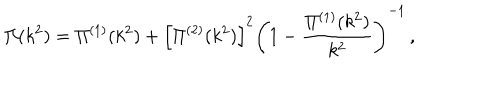
\Pi ( k ^ { 2 } ) = \Pi ^ { ( 1 ) } ( k ^ { 2 } ) + \left[ \Pi ^ { ( 2 ) } ( k ^ { 2 } ) \right] ^ { 2 } \left( 1 - \frac { \Pi ^ { ( 1 ) } ( k ^ { 2 } ) } { k ^ { 2 } } \right) ^ { - 1 } \, ,